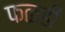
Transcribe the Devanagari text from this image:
फळही